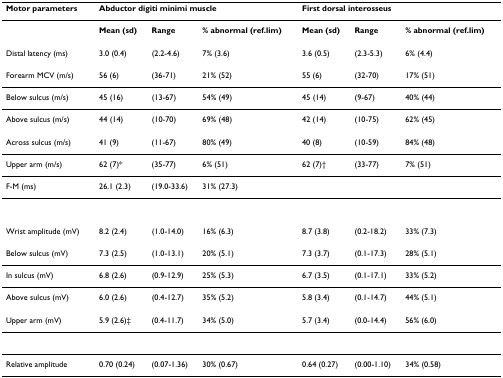
| Motor parameters | <COLSPAN=3> Abductor digiti minimi muscle | <COLSPAN=3> First dorsal interosseus |
 | --- | --- | --- | --- | --- | --- | --- |
 |  | Mean (sd) | Range | % abnormal (ref.lim) | Mean (sd) | Range | % abnormal (ref.lim) |
 | Distal latency (ms) | 3.0 (0.4) | (2.2-4.6) | 7% (3.6) | 3.6 (0.5) | (2.3-5.3) | 6% (4.4) |
 | Forearm MCV (m/s) | 56 (6) | (36-71) | 21% (52) | 55 (6) | (32-70) | 17% (51) |
 | Below sulcus (m/s) | 45 (16) | (13-67) | 54% (49) | 45 (14) | (9-67) | 40% (44) |
 | Above sulcus (m/s) | 44 (14) | (10-70) | 69% (48) | 42 (14) | (10-75) | 62% (45) |
 | Across sulcus (m/s) | 41 (9) | (11-67) | 80% (49) | 40 (8) | (10-59) | 84% (48) |
 | Upper arm (m/s) | 62 (7)* | (35-77) | 6% (51) | 62 (7)† | (33-77) | 7% (51) |
 | F-M (ms) | 26.1 (2.3) | (19.0-33.6) | 31% (27.3) |  |  |  |
 | Wrist amplitude (mV) | 8.2 (2.4) | (1.0-14.0) | 16% (6.3) | 8.7 (3.8) | (0.2-18.2) | 33% (7.3) |
 | Below sulcus (mV) | 7.3 (2.5) | (1.0-13.1) | 20% (5.1) | 7.3 (3.7) | (0.1-17.3) | 28% (5.1) |
 | In sulcus (mV) | 6.8 (2.6) | (0.9-12.9) | 25% (5.3) | 6.7 (3.5) | (0.1-17.1) | 33% (5.2) |
 | Above sulcus (mV) | 6.0 (2.6) | (0.4-12.7) | 35% (5.2) | 5.8 (3.4) | (0.1-14.7) | 44% (5.1) |
 | Upper arm (mV) | 5.9 (2.6)‡ | (0.4-11.7) | 34% (5.0) | 5.7 (3.4) | (0.0-14.4) | 56% (6.0) |
 | Relative amplitude | 0.70 (0.24) | (0.07-1.36) | 30% (0.67) | 0.64 (0.27) | (0.00-1.10) | 34% (0.58) |